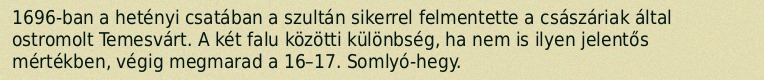
1696-ban a hetényi csatában a szultán sikerrel felmentette a császáriak által ostromolt Temesvárt. A két falu közötti különbség, ha nem is ilyen jelentős mértékben, végig megmarad a 16–17. Somlyó-hegy.